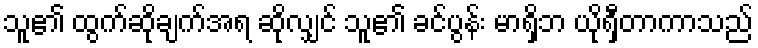
သူ၏ ထွက်ဆိုချက်အရ ဆိုလျှင် သူ၏ ခင်ပွန်း မာရှိဘ ယိုရှီတာကာသည်